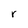
Character: r